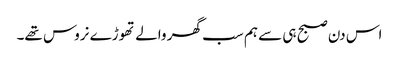
اس دن صبح ہی سے ہم سب گھر والے تھوڑے نروس تھے۔